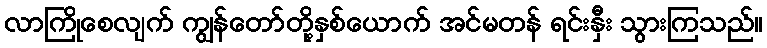
လာကြိုစေလျက် ကျွန်တော်တို့နှစ်ယောက် အင်မတန် ရင်းနှီး သွားကြသည်။